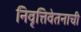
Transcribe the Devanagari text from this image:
निवृत्तिवेतनाची